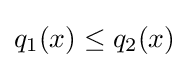
q_{1}(x)\leq q_{2}(x)